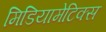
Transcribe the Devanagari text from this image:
मिडियामेटिक्स